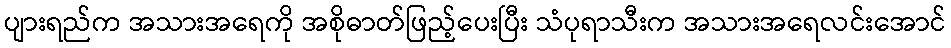
ပျားရည်က အသားအရေကို အစိုဓာတ်ဖြည့်ပေးပြီး သံပုရာသီးက အသားအရေလင်းအောင်